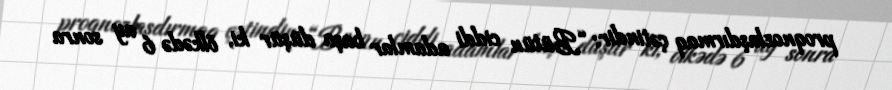
proqnozlaşdırmaq çətindir: “Bütün ciddi adamlar başa düşür ki, ölkədə 6 ay sonra